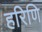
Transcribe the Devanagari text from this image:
हरिणि